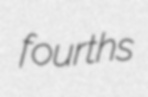
fourths